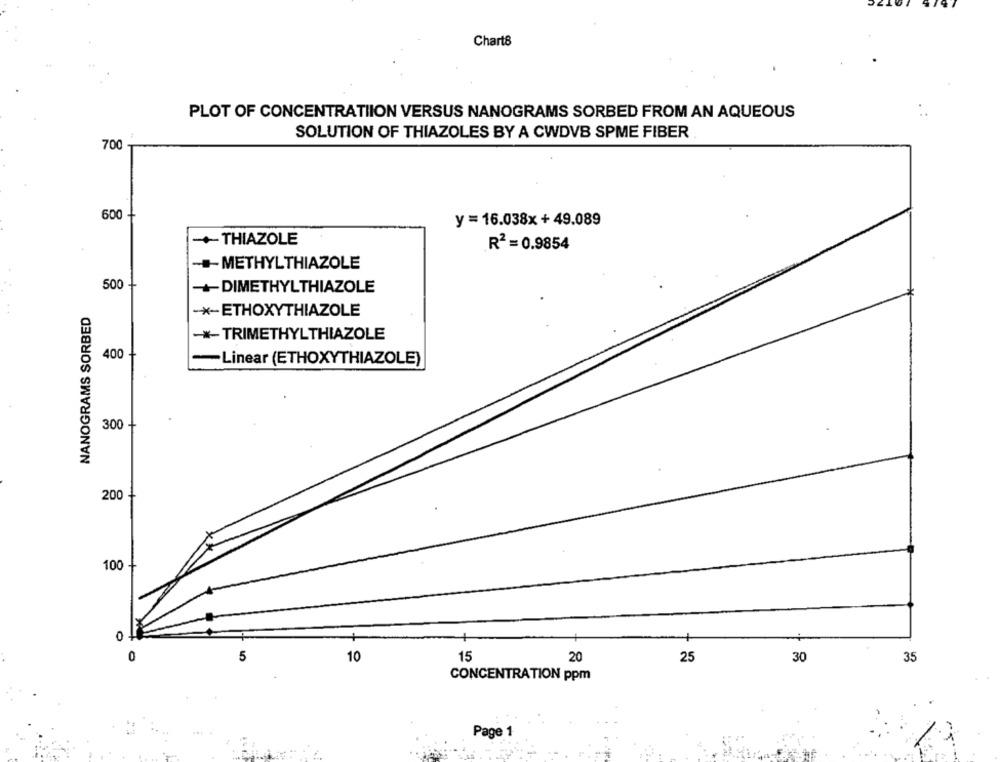
Chart8
PLOT OF CONCENTRATIION VERSUS NANOGRAMS SORBED FROM AN AQUEOUS
SOLUTION OF THIAZOLES BY A CWDVB SPME FIBER
700
600
y =16.038x +49.089
-THIAZOLE
R2 = 0.9854
-METHYLTHIAZOLE
500
+DIMETHYLTHIAZOLE
NANOGRAMS SORBED
-*- ETHOXYTHIAZOLE
-*- TRIMETHYLTHIAZOLE
400
-Linear (ETHOXYTHIAZOLE)
300
200
100
off
0
15
20
5
10
25
30
35
CONCENTRATION ppm
Page 1
45